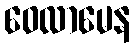
ဝေလာမေန